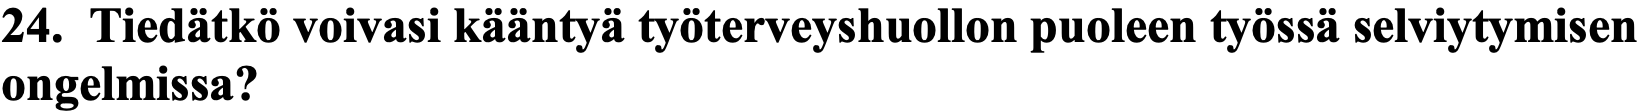
24. Tiedätkö voivasi kääntyä työterveyshuollon puoleen työssä selviytymisen ongelmissa?